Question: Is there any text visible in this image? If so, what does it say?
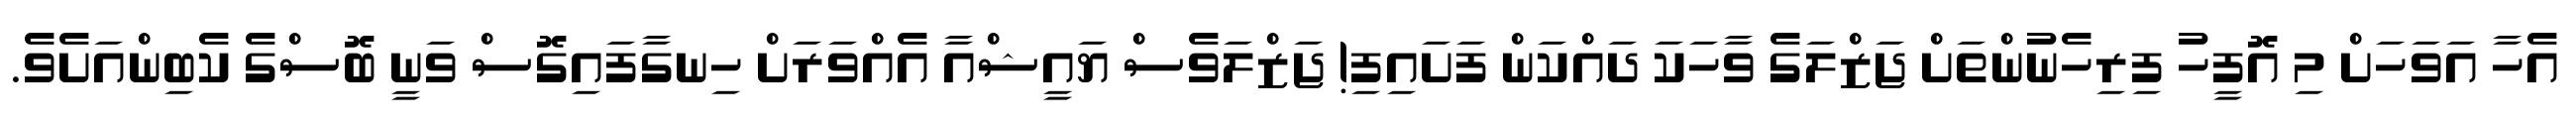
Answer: އެހާ އަވަހަށް މި އޮފީހު ފިރިހެނުންތަށް ޖަޒްލަގެ ވާހަކަ ދައްކަން ފަށައިފި! ޖަޒްލަވެސް ޔައީޝްއާ އެއްވަރަށް ހިނގާފައިގޮސް ވަނީ ބޮސްގެ ކެބިންއަށެވެ.